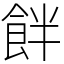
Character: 䬳